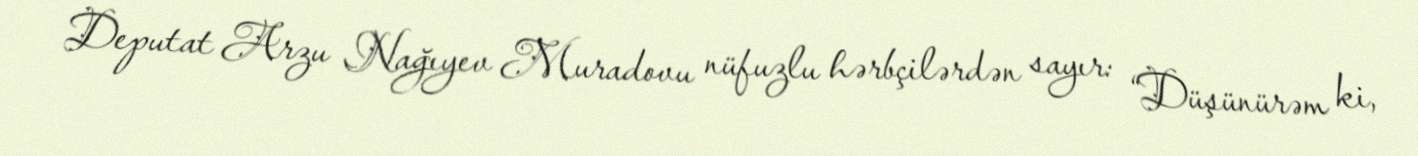
Deputat Arzu Nağıyev Muradovu nüfuzlu hərbçilərdən sayır: “Düşünürəm ki,